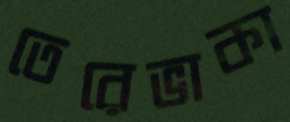
তেরেভাকা